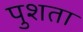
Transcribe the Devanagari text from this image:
पुशता